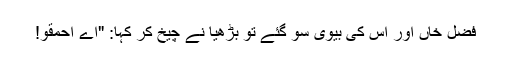
فضل خاں اور اس کی بیوی سو گئے تو بڑھیا نے چیخ کر کہا: "اے احمقو!